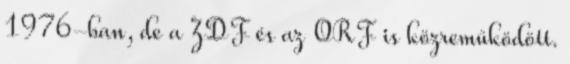
1976-ban, de a ZDF és az ORF is közreműködött.